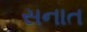
સનાત